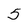
Character: 5